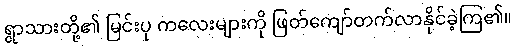
ရွာသားတို့၏ မြင်းပု ကလေးများကို ဖြတ်ကျော်တက်လာနိုင်ခဲ့ကြ၏။